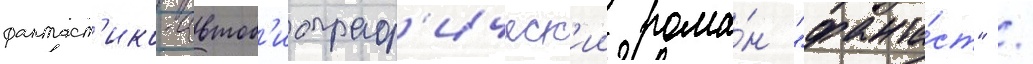
фантаст'ико-автоб'иограф'ическ'ии рома́н "фанта́ст" /